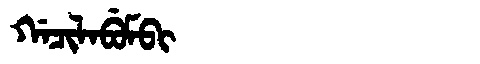
Manchu: ᡤᠠᠴᡳᠯᠠᠪᡠᠮᠪᡳ
Romanization: GACILABUMBI